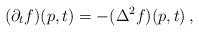
LaTeX: \begin{align*}(\partial_tf)(p,t) = -(\Delta^2 f)(p,t)\,,\end{align*}